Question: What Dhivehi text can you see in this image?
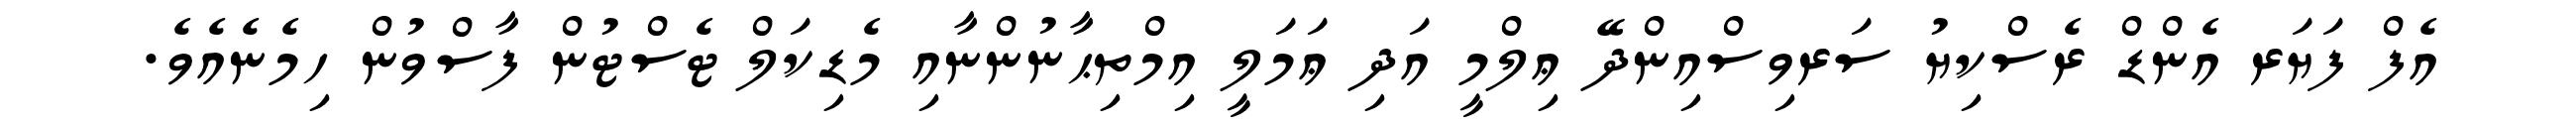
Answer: އެފް ފަޔަރ އެންޑް ރެސްކިޔު ސަރވިސްއިންދޭ ޢިލްމީ އަދި ޢަމަލީ އިމްތިޙާނުންނާއި މެޑިކަލް ޓެސްޓުން ފާސްވުން ހިމެނެއެވެ.